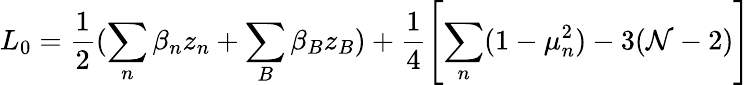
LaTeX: L_{0}=\frac{1}{2}(\sum_{n}\beta_{n}z_{n}+\sum_{B}\beta_{B}z_{B})+\frac{1}{4}\left[\sum_{n}(1-\mu_{n}^{2})-3({\cal N}-2)\right]